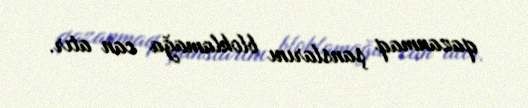
qazanmaq şanslarını bloklamağa can atır.